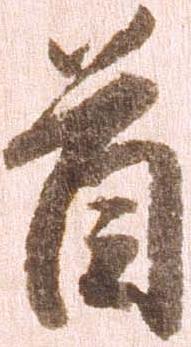
首